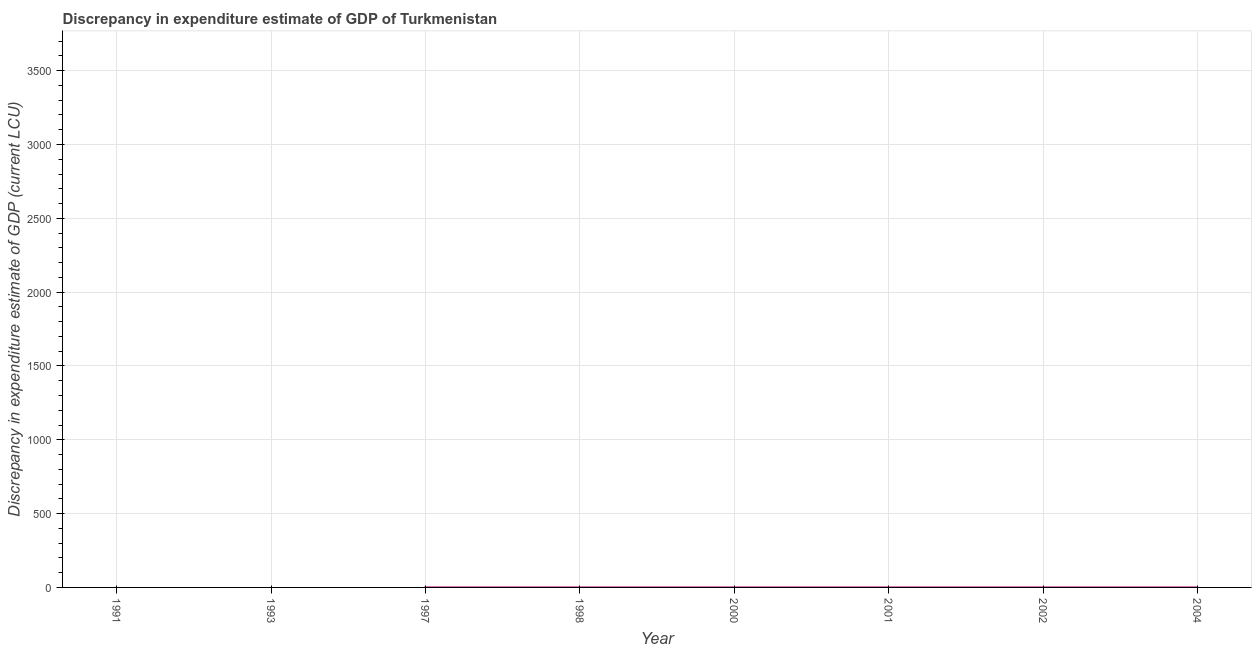
| Year | Discrepancy current LCU |
 | --- | --- |
 | 1991 | -1.44e+03 |
 | 1993 | -7.54e+04 |
 | 1997 | 0.0001 |
 | 1998 | 0.0001 |
 | 2000 | 3e-07 |
 | 2001 | 9.97e-05 |
 | 2002 | -5e-07 |
 | 2004 | 0.0001 |